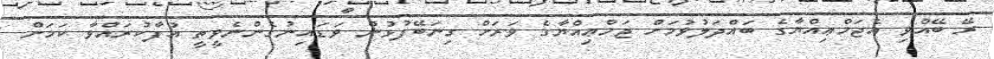
ރޭ ބޭއްވި އެޖަމްޢިއްޔާގެ ބައްދަލުވުމަށް ޖަމްޢިއްޔާގެ ވަރަށް ގިނަބޭފުޅުން ވަޑައިނުގެންނެވީތީ އުފާކުރައްވާ ކަމަށް